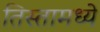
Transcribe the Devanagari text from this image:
तिस्तामध्ये